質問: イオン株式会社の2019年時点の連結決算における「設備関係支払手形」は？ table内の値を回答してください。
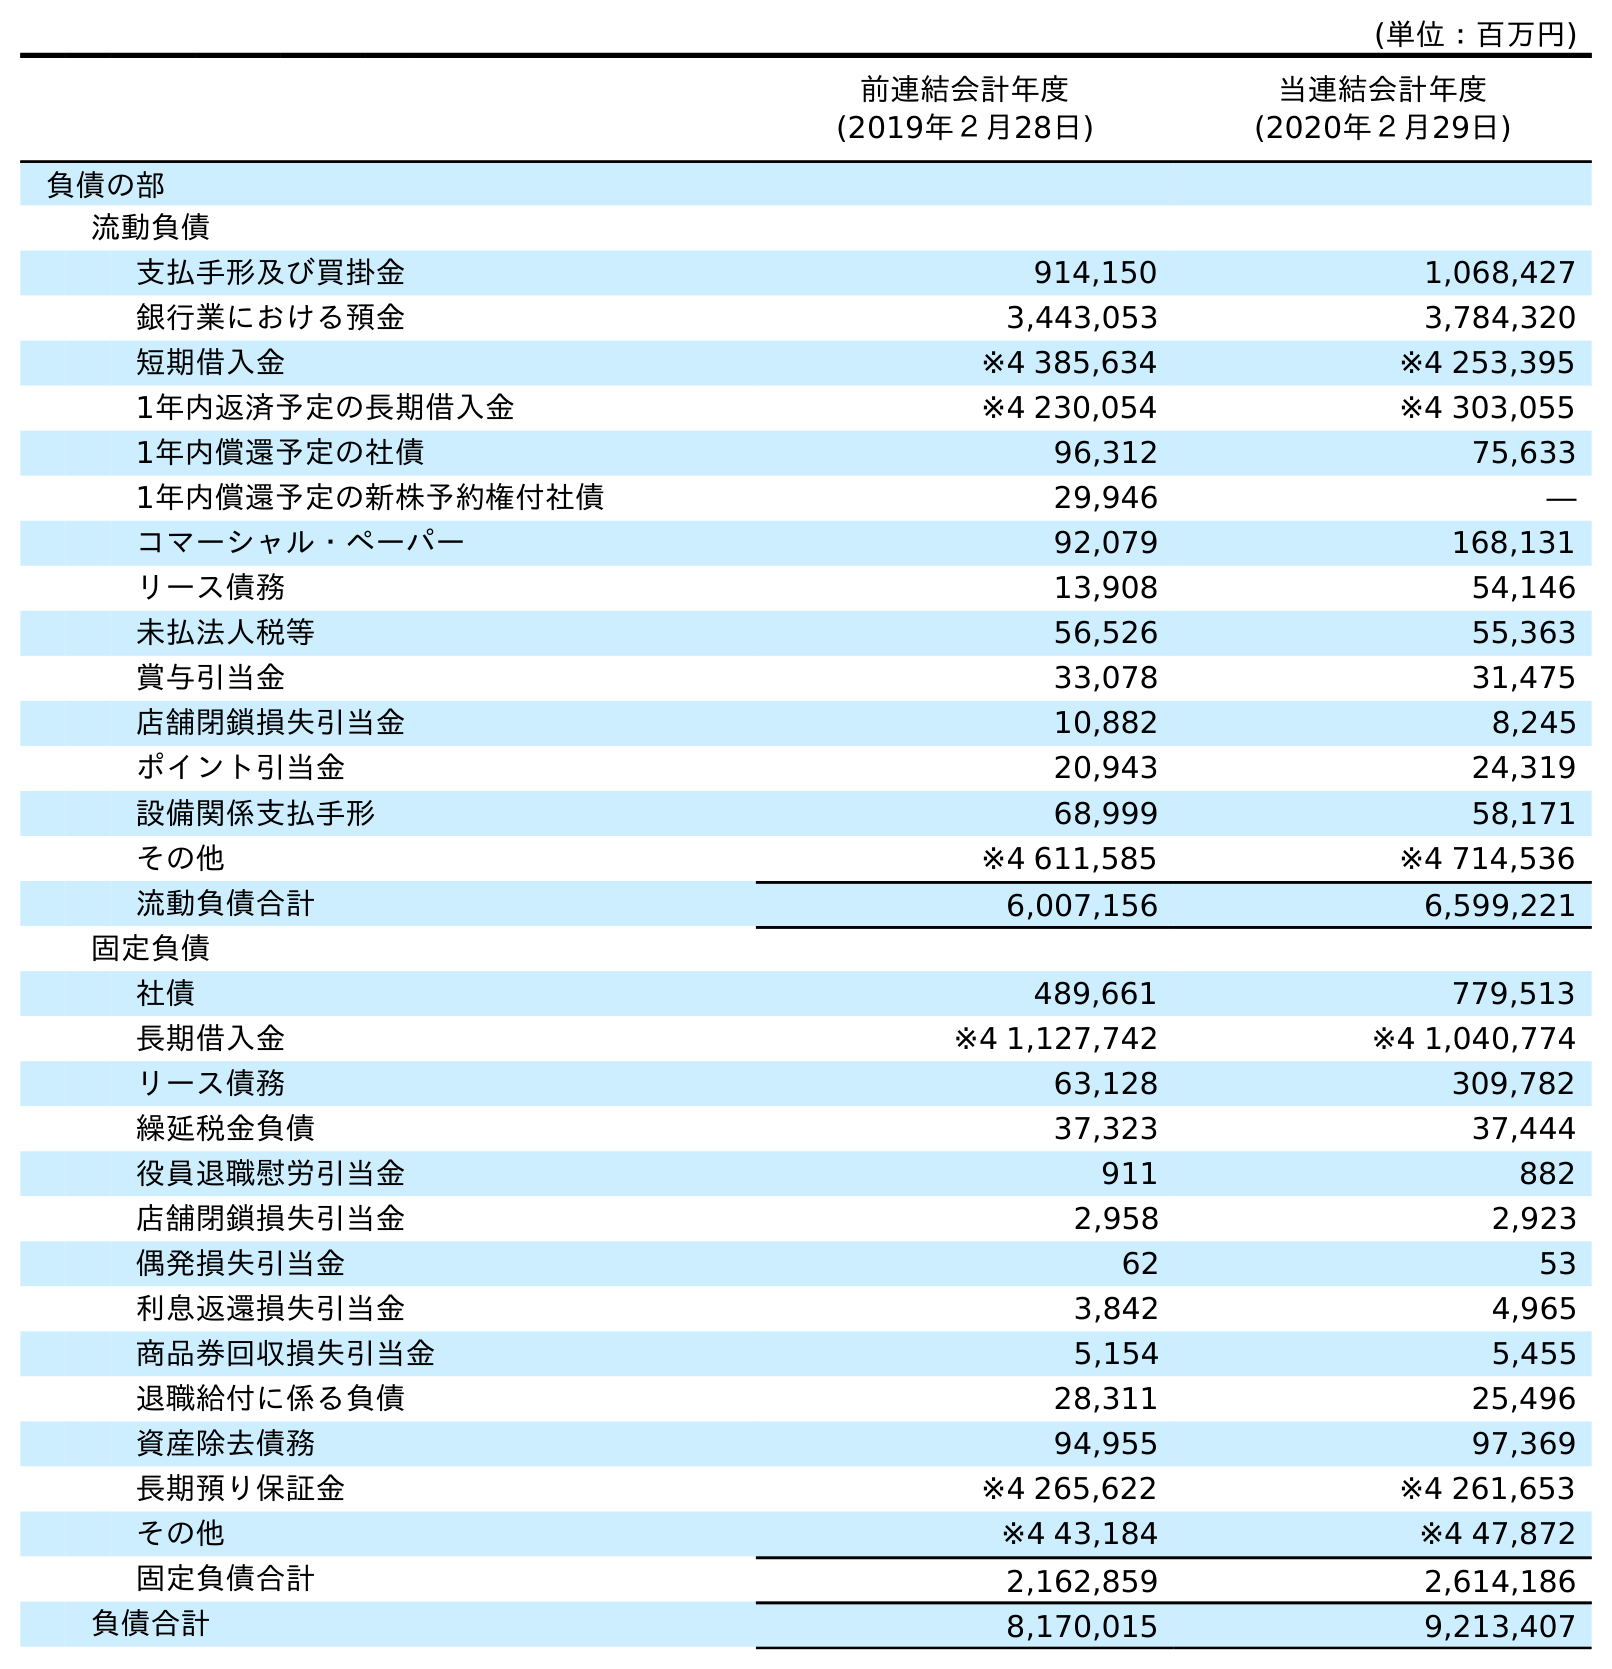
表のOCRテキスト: (単位：百万円) 前連結会計年度 (2019年２月28日) 当連結会計年度 (2020年２月29日) 負債の部 流動負債 支払手形及び買掛金 914,150 1,068,427 銀行業における預金 3,443,053 3,784,320 短期借入金 ※4 385,634 ※4 253,395 1年内返済予定の長期借入金 ※4 230,054 ※4 303,055 1年内償還予定の社債 96,312 75,633 1年内償還予定の新株予約権付社債 29,946 ― コマーシャル・ペーパー 92,079 168,131 リース債務 13,908 54,146 未払法人税等 56,526 55,363 賞与引当金 33,078 31,475 店舗閉鎖損失引当金 10,882 8,245 ポイント引当金 20,943 24,319 設備関係支払手形 68,999 58,171 その他 ※4 611,585 ※4 714,536 流動負債合計 6,007,156 6,599,221 固定負債 社債 489,661 779,513 長期借入金 ※4 1,127,742 ※4 1,040,774 リース債務 63,128 309,782 繰延税金負債 37,323 37,444 役員退職慰労引当金 911 882 店舗閉鎖損失引当金 2,958 2,923 偶発損失引当金 62 53 利息返還損失引当金 3,842 4,965 商品券回収損失引当金 5,154 5,455 退職給付に係る負債 28,311 25,496 資産除去債務 94,955 97,369 長期預り保証金 ※4 265,622 ※4 261,653 その他 ※4 43,184 ※4 47,872 固定負債合計 2,162,859 2,614,186 負債合計 8,170,015 9,213,407
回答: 68,999